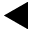
\blacktriangleleft